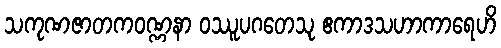
သကုဏဇာတကဝဏ္ဏနာ ဝဿူပဂတေသု ဧကာဒသဟာကာရေဟိ